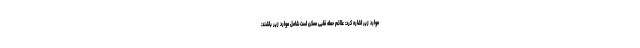
موارد زیر اشاره کرد: علائم حمله قلبی ممکن است شامل موارد زیر باشند: